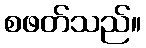
စဖတ်သည်။